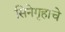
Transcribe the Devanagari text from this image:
सिनेगृहाचे